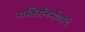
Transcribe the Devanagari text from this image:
शक्तिनिर्माणाचे